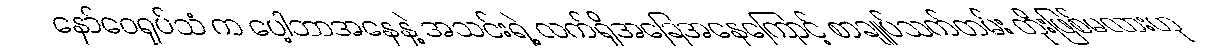
နော်ဝေရုပ်သံ က ပေါ့ဘာအနေနဲ့ အသင်းရဲ့ လက်ရှိအခြေအနေကြောင့် စာချုပ်သက်တမ်း တိုးဖြစ်မလားဟု